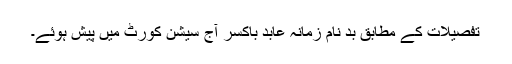
تفصیلات کے مطابق بد نامِ زمانہ عابد باکسر آج سیشن کورٹ میں پیش ہوئے۔